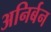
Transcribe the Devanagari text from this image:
अनिर्बन